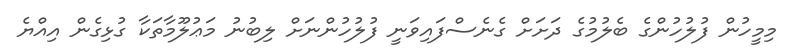
މިމީހުން ފުލުހުންގެ ބެލުމުގެ ދަށަށް ގެނެސްފައިވަނީ ފުލުހުންނަށް ލިބުނު މަޢުލޫމާތަކާ ގުޅިގެން އިއްޔެ